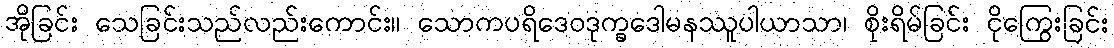
အိုခြင်း သေခြင်းသည်လည်းကောင်း။ သောကပရိဒေဝဒုက္ခဒေါမနဿူပါယာသာ၊ စိုးရိမ်ခြင်း ငိုကြွေးခြင်း